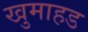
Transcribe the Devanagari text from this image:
खुमाहड